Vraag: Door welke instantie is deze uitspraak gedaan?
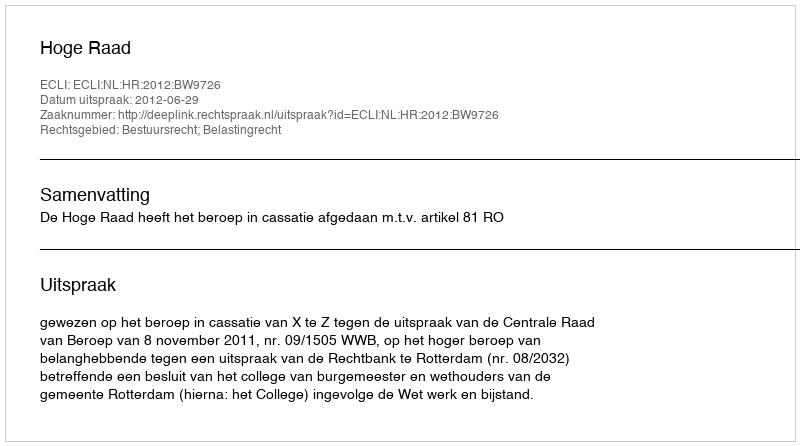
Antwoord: Hoge Raad